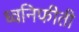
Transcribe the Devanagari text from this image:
ध्वनिफीती